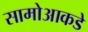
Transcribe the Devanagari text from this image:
सामोआकडे